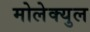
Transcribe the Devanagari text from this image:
मोलेक्युल